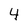
Character: 4